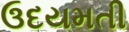
ઉદયમતી